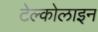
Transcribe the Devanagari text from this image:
टेल्कोलाइन